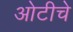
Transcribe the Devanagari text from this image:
ओटीचे